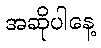
အဆိုပါနေ့